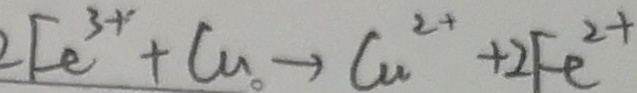
2 F e ^ { 3 + } + C u \rightarrow C u ^ { 2 + } + 2 F e ^ { 2 + }